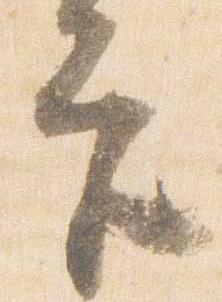
宮